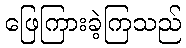
ဖြေကြားခဲ့ကြသည်